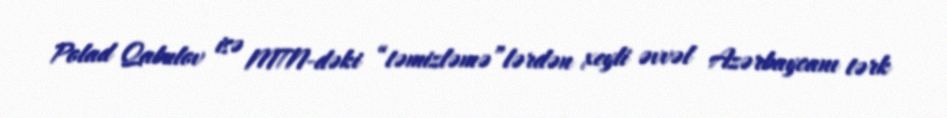
Polad Qabulov isə MTN-dəki “təmizləmə”lərdən xeyli əvvəl Azərbaycanı tərk